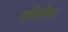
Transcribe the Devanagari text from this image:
शोलेम